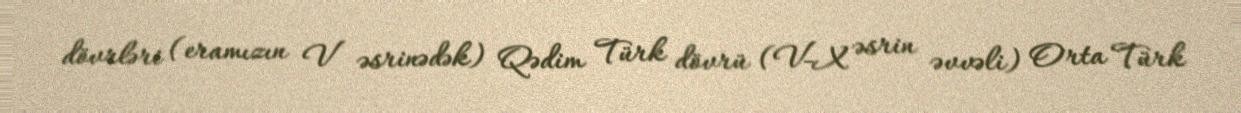
dövrləri (eramızın V əsrinədək) Qədim Türk dövrü (V-X əsrin əvvəli) Orta Türk